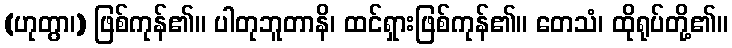
(ဟုတွာ၊) ဖြစ်ကုန်၏။ ပါတုဘူတာနိ၊ ထင်ရှားဖြစ်ကုန်၏။ တေသံ၊ ထိုရုပ်တို့၏။